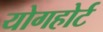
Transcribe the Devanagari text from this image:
योगहोर्ट